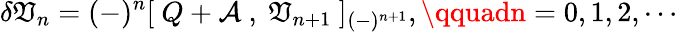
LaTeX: \delta{\cal{\mathfrak{V}}}_{n}=(-)^{n}[\ Q+{\cal{A}}\ ,\ {\cal{\mathfrak{V}}}_{n+1}\ ]_{(-)^{n+1}},\qquadn=0,1,2,\cdots